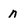
Character: n